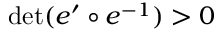
\operatorname* { d e t } ( e ^ { \prime } \circ e ^ { - 1 } ) > 0